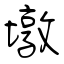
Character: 墩